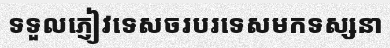
ទទួលភ្ញៀវទេសចរបរទេសមកទស្សនា